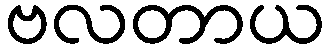
ဗလတာယ